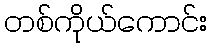
တစ်ကိုယ်ကောင်း